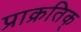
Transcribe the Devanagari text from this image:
प्राक्रतिक्